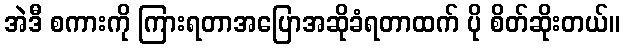
အဲဒီ စကားကို ကြားရတာအပြောအဆိုခံရတာထက် ပို စိတ်ဆိုးတယ်။